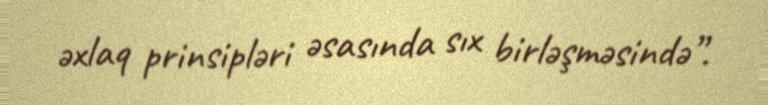
əxlaq prinsipləri əsasında sıx birləşməsində”.